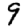
Digit: 9